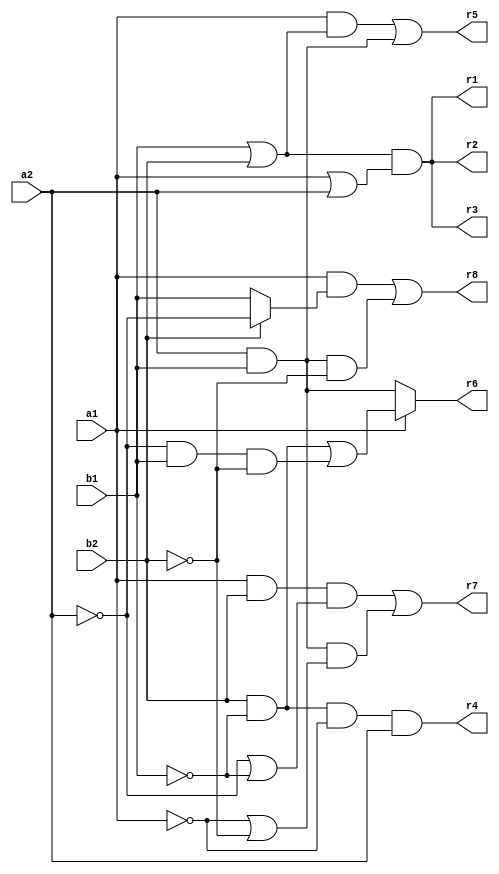
// Benchmark "mult_2x2_240_out" written by ABC on Fri May 27 23:34:48 2022

module mult_2x2_240 ( 
    a1, a2, b1, b2,
    r1,r2,r3,r4,r5,r6,r7,r8  );
  input  a1, a2, b1, b2;
  output r1,r2,r3,r4,r5,r6,r7,r8;
  assign r1 = (b1 | b2) & (a1 | a2);
  assign r4 = b2 & ~b1 & ~a1 & a2;
  assign r5 = (a1 & (b1 | b2)) | (a2 & b1);
  assign r6 = a1 ? ((~b1 & b2) | (~a2 & b1 & ~b2)) : (a2 & b1);
  assign r7 = (a1 & b2 & (~a2 | ~b1)) | (a2 & b1 & (~a1 | ~b2));
  assign r8 = (a1 & (b2 ? ~a2 : b1)) | (a2 & b1 & ~b2);
  assign r2 = (b1 | b2) & (a1 | a2);
  assign r3 = (b1 | b2) & (a1 | a2);
endmodule